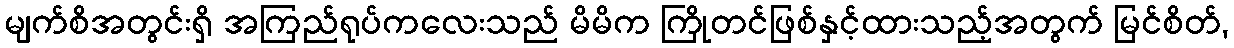
မျက်စိအတွင်းရှိ အကြည်ရုပ်ကလေးသည် မိမိက ကြိုတင်ဖြစ်နှင့်ထားသည့်အတွက် မြင်စိတ်,